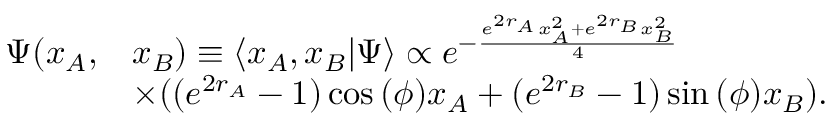
\begin{array} { r l } { \Psi ( x _ { A } , } & { x _ { B } ) \equiv \langle x _ { A } , x _ { B } \vert \Psi \rangle \propto e ^ { - \frac { e ^ { 2 r _ { A } } x _ { A } ^ { 2 } + e ^ { 2 r _ { B } } x _ { B } ^ { 2 } } { 4 } } } \\ & { \times ( ( e ^ { 2 r _ { A } } - 1 ) \cos { ( \phi ) } x _ { A } + ( e ^ { 2 r _ { B } } - 1 ) \sin { ( \phi ) } x _ { B } ) . } \end{array}